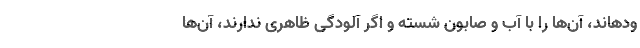
ودهاند، آن‌ها را با آب و صابون شسته و اگر آلودگی ظاهری ندارند، آن‌ها